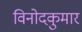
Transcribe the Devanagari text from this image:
विनोदकुमार